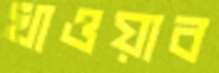
খাওয়াব